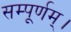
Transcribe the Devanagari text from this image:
सम्पूर्णम्।